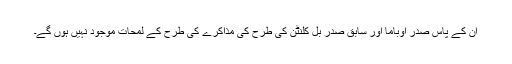
ان کے پاس صدر اوباما اور سابق صدر بِل کلنٹن کی طرح کی مذاکرے کی طرح کے لمحات موجود نہیں ہوں گے۔